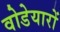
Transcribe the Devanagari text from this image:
वोडेयारों